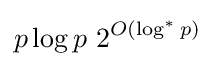
p\log p\ 2^{O(\log ^{*}p)}